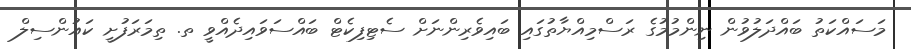
މަސައްކަތު ބައްދަލުވުން ނިންމުމުގެ ރަސްމިއްޔާތުގައި ބައިވެރިންނަށް ސެޓިފިކެޓް ބައްސަވައިދެއްވީ ތ. ތިމަރަފުށީ ކައުންސިލް